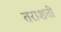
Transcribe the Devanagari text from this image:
तराशती